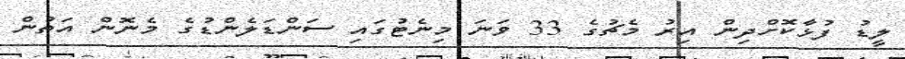
ލީޑު ފުޅާކޮށްދިން އިރު މެޗުގެ 33 ވަނަ މިނެޓުގައި ސަންޑަލެންޑުގެ މެނޮން އަތުން